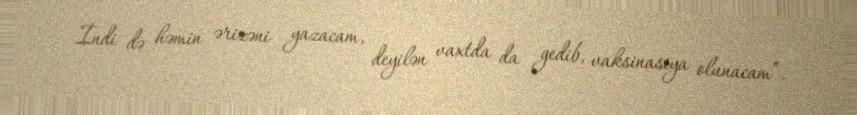
İndi də həmin ərizəni yazacam, deyilən vaxtda da gedib, vaksinasiya olunacam”.